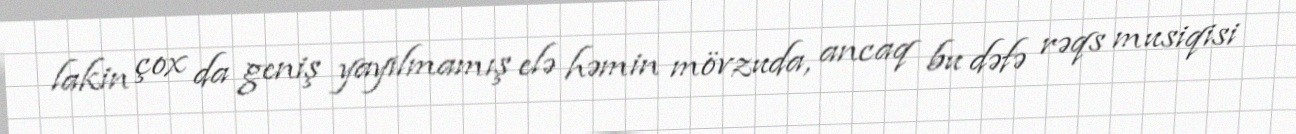
lakin çox da geniş yayılmamış elə həmin mövzuda, ancaq bu dəfə rəqs musiqisi